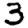
Digit: 3